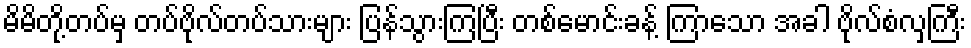
မိမိတို့တပ်မှ တပ်ဗိုလ်တပ်သားများ ပြန်သွားကြပြီး တစ်မောင်းခန့် ကြာသော အခါ ဗိုလ်စံလှကြီး